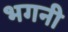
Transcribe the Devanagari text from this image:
भगनी